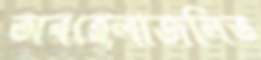
অবহেলাজনিত